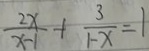
\frac { 2 x } { x - 1 } + \frac { 3 } { 1 - x } = 1